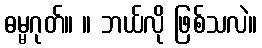
ဓမ္မဂုတ်။ ။ ဘယ်လို ဖြစ်သလဲ။